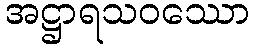
အဋ္ဌာရသဝဿော